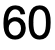
60